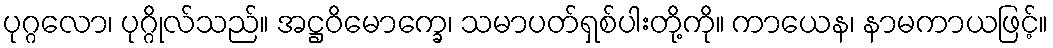
ပုဂ္ဂလော၊ ပုဂ္ဂိုလ်သည်။ အဋ္ဌဝိမောက္ခေ၊ သမာပတ်ရှစ်ပါးတို့ကို။ ကာယေန၊ နာမကာယဖြင့်။